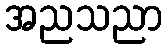
အညသညာ